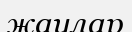
жаулар